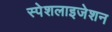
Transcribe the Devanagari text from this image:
स्पेशलाइजेशन